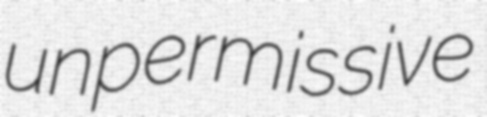
unpermissive